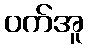
ဝက်အူ